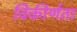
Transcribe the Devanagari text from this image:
विकीर्णता